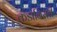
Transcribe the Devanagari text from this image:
कंडानिसरी